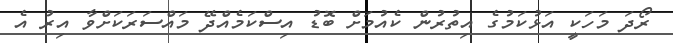
ރޯދަ މަހަކީ އަޅުކަމުގެ އިތުރުން ކެއުމަށް ބޮޑު އިސްކަމެއްދޭ މައްސަރަކަށްވާ އިރު އެ